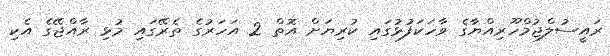
ރައީސުލްޖުމްހޫރިއްޔާގެ ވާހަކަފުޅުގައި ކުރިޔަށް އޮތް 2 އަހަރުގެ ތެރޭގައި މުޅި ރާއްޖޭގެ އެކި